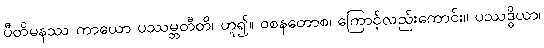
ပီတိမနဿ ကာယော ပဿမ္ဘတီတိ၊ ဟူ၍။ ဝစနတောစ၊ ကြောင့်လည်းကောင်း။ ပဿဒ္ဓိယာ၊